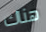
هناك